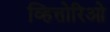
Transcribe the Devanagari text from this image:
व्हित्तोरिओ